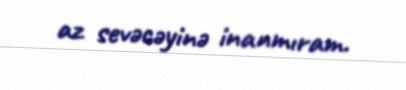
az sevəcəyinə inanmıram.